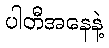
ပါတီအနေနဲ့